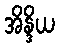
အိန္ဒိယ